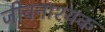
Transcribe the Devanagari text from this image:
जीवनाश्यक